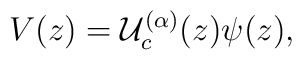
V(z)=\mathcal{U}^{(\alpha)}_{c}(z)\psi (z),